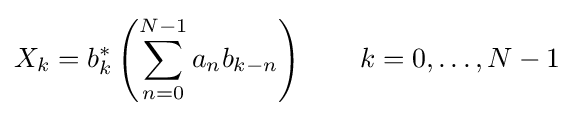
X_{k}=b_{k}^{*}\left(\sum _{n=0}^{N-1}a_{n}b_{k-n}\right)\qquad k=0,\dots ,N-1